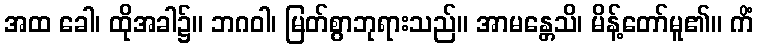
အထ ခေါ၊ ထိုအခါ၌။ ဘဂဝါ၊ မြတ်စွာဘုရားသည်။ အာမန္တေသိ၊ မိန့်တော်မူ၏။ ကိံ